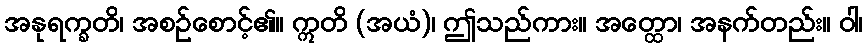
အနုရက္ခတိ၊ အစဉ်စောင့်၏။ ဣတိ (အယံ)၊ ဤသည်ကား။ အတ္ထော၊ အနက်တည်း။ ဝါ၊